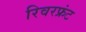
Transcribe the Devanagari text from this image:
रिवरफ्रंट